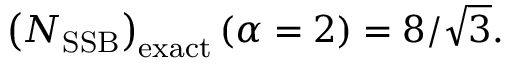
\left( N _ { \mathrm { S S B } } \right) _ { \mathrm { e x a c t } } ( \alpha = 2 ) = 8 / \sqrt { 3 } .